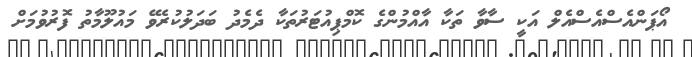
އޯޕަންއެސްއެސްއެލް އަކީ ސާވާ ތަކާ އާއްމުންގެ ކޮމްޕިއުޓަރުތަކާ ދެމެދު ބަދަލުކުރެވޭ މައުލޫމާތު ފޮރުވުމަށް